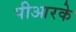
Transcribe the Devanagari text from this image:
पीआरके